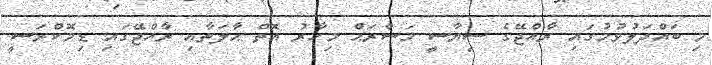
މި ބައްދަލުވުމުގައި ރާއްޖޭގެ ސިޔާސީ މަސްރަޙް މިހާރު އޮތް ޙާލަތާއި ރާއްޖޭގައި ޑިމޮކްރަސީ